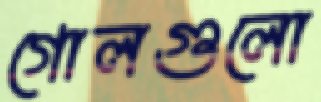
গোলগুলো